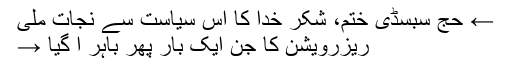
← حج سبسڈی ختم، شکر خدا کا اس سیاست سے نجات ملی
ریزرویشن کا جن ایک بار پھر باہر آ گیا →